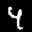
Label: 4